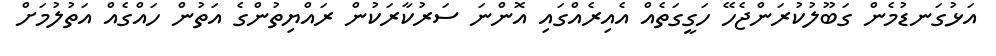
އަޅުގަނޑުމެން ގަބޫލުކުރަންޖެހޭ ހަގީގަތެއް އެއިރެއްގައި އޮންނަ ސަރުކާރަކުން ރައްޔިތުންގެ އަތުން ހައްގެއް އަތުލުމަށް